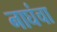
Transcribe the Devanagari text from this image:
नाघंचा